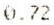
0.72